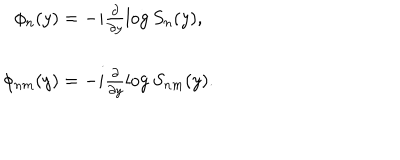
\begin{array} { c } { { \phi _ { n } ( y ) = - i \frac { \partial } { \partial y } \log S _ { n } ( y ) , } } \\ { { \phi _ { n m } ( y ) = - i \frac { \partial } { \partial y } \log S _ { n m } ( y ) . } } \\ \end{array}